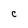
Character: C